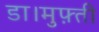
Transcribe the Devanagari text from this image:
डा।मुफ़्ती